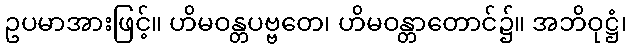
ဥပမာအားဖြင့်။ ဟိမဝန္တပဗ္ဗတေ၊ ဟိမဝန္တာတောင်၌။ အဘိဝုဋ္ဌံ၊